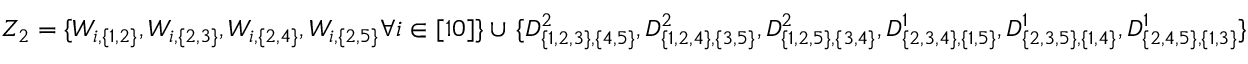
{ Z _ { 2 } = \{ W _ { i , \{ 1 , 2 \} } , W _ { i , \{ 2 , 3 \} } , W _ { i , \{ 2 , 4 \} } , W _ { i , \{ 2 , 5 \} } \forall i \in [ 1 0 ] \} } \cup \, { \{ D _ { \{ 1 , 2 , 3 \} , \{ 4 , 5 \} } ^ { 2 } , D _ { \{ 1 , 2 , 4 \} , \{ 3 , 5 \} } ^ { 2 } , D _ { \{ 1 , 2 , 5 \} , \{ 3 , 4 \} } ^ { 2 } , D _ { \{ 2 , 3 , 4 \} , \{ 1 , 5 \} } ^ { 1 } , D _ { \{ 2 , 3 , 5 \} , \{ 1 , 4 \} } ^ { 1 } , D _ { \{ 2 , 4 , 5 \} , \{ 1 , 3 \} } ^ { 1 } \} }